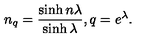
n _ { q } = \frac { \sinh n \lambda } { \sinh \lambda } , q = e ^ { \lambda } .